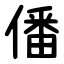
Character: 僠